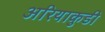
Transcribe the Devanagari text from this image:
अरियाकुडी